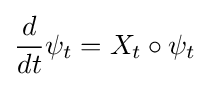
{\frac {d}{dt}}\psi _{t}=X_{t}\circ \psi _{t}